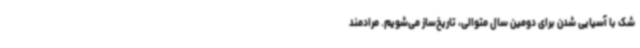
شک با آسیایی شدن برای دومین سال متوالی، تاریخ‌ساز می‌شویم. مرادمند